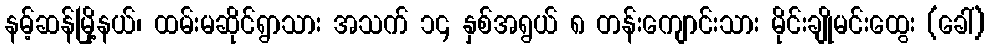
နမ့်ဆန်မြို့နယ်၊ ထမ်းမဆိုင်ရွာသား အသက် ၁၄ နှစ်အရွယ် ၈ တန်းကျောင်းသား မိုင်းချိုမင်းထွေး (ခေါ်)